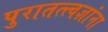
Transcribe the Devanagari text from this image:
पुरातत्त्वज्ञांना